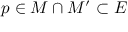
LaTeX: p \in M \cap M ^ { \prime } \subset E